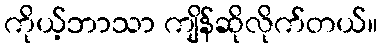
ကိုယ့်ဘာသာ ကျိန်ဆိုလိုက်တယ်။